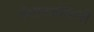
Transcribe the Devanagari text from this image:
बेशानकोविची